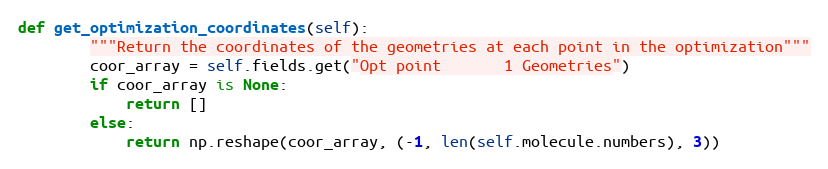
Language: Python
def get_optimization_coordinates(self):
        """Return the coordinates of the geometries at each point in the optimization"""
        coor_array = self.fields.get("Opt point       1 Geometries")
        if coor_array is None:
            return []
        else:
            return np.reshape(coor_array, (-1, len(self.molecule.numbers), 3))